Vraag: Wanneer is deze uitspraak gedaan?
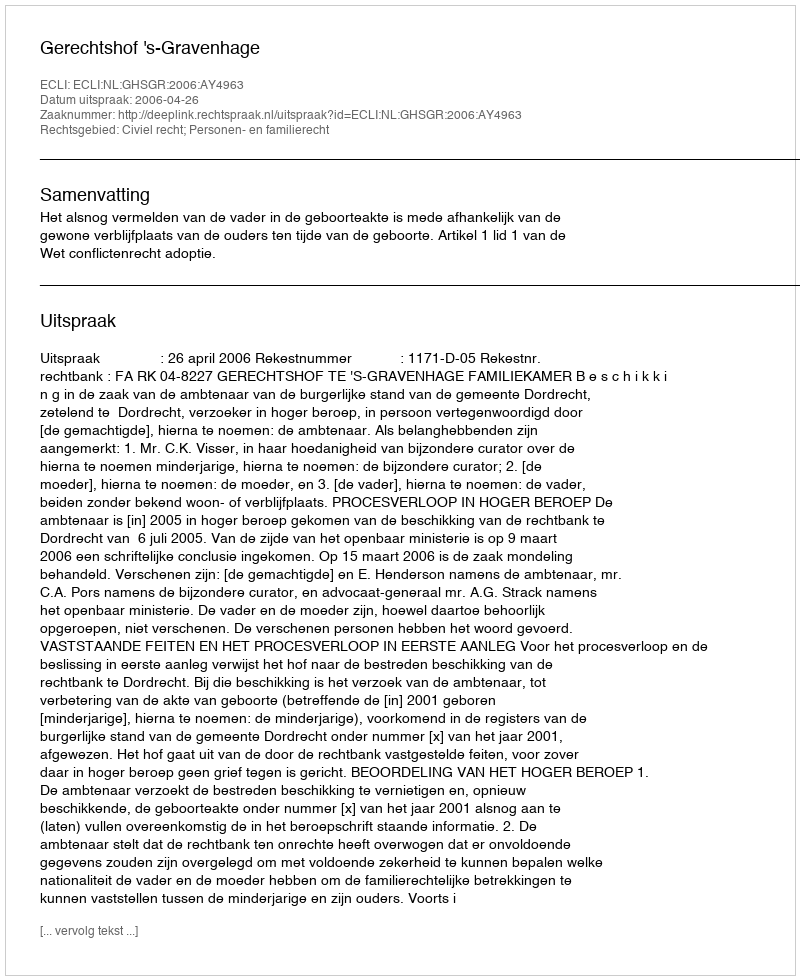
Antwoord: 2006-04-26